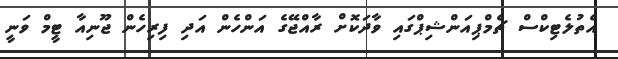
އެތުލެޓިކްސް ޗެމްޕިއަންޝިޕްގައި ވާދަކޮށް ރާއްޖޭގެ އަންހެން އަދި ފިރިހެން ޖޫނިއާ ޓީމް ވަނީ